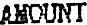
AMOUNT